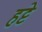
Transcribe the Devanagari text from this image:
हट्टे